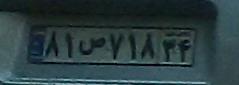
۸۱ص۷۱۸۳۴